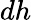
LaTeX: dh